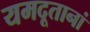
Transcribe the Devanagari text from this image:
यमदूतानां